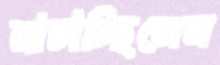
নাচাচ্ছিলেন